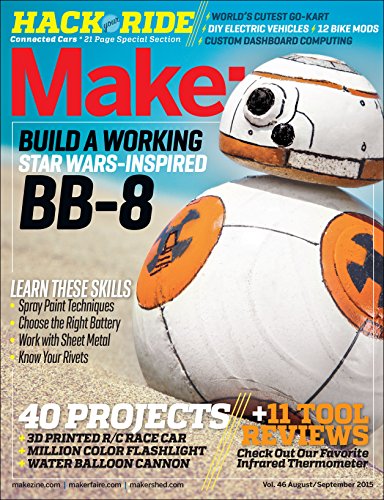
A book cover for Make: Volume 46: Hack Your Ride (Make: Technology on Your Time); Children's Books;